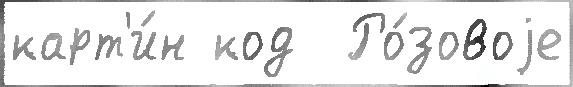
карт'и́н код  Ро́зовоjе